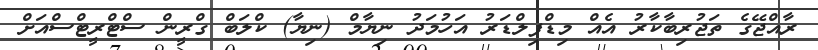
ރާއްޖޭގެ ތަޖުރިބާކާރު އެއް މިޑްފިލްޑަރު އަހުމަދު ނިޔާމް (ނިޔާ) ކްލަބް ގްރީން ސްޓްރީޓްސްއަށް